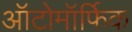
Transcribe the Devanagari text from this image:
ऑटोमॉर्फिक